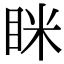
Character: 眯